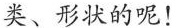
类、形状的呢!